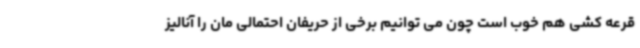
قرعه کشی هم خوب است چون می توانیم برخی از حریفان احتمالی مان را آنالیز